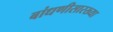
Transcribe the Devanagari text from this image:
बांधणीसारख्या